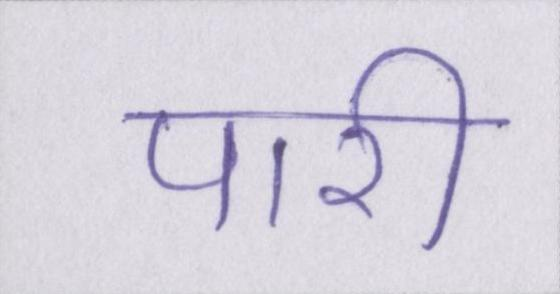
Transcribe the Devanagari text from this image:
पारी